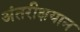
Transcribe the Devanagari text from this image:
अंतरीक्षयान